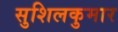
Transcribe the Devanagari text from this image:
सुशिलकुमार